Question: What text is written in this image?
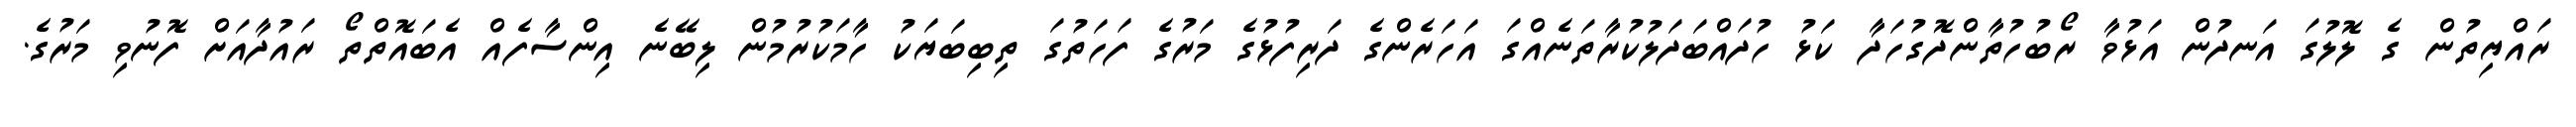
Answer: ރައްޔިތުން ގެ ލޮލުގަ އަނދުން އަޅުވާ ރޯބުހުތާންދޮގުހަދާ ކަޅު ހުދައްބަދަލުކުރާތަނެއްގަ އަހަރެންގެ ދަރިފުޅުގެ މަރުގެ ފަހަތުގަ ތިބިބަޔަކު ހާމަކުރުމުން ލިބޭނެ އިންސާފެއް އެބައޮތްތޯ ރައުދާއަށް ފޮނުވި މަރުގެ.